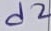
Text: d2